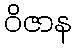
ဝိဇာန